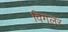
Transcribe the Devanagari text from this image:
विगलर